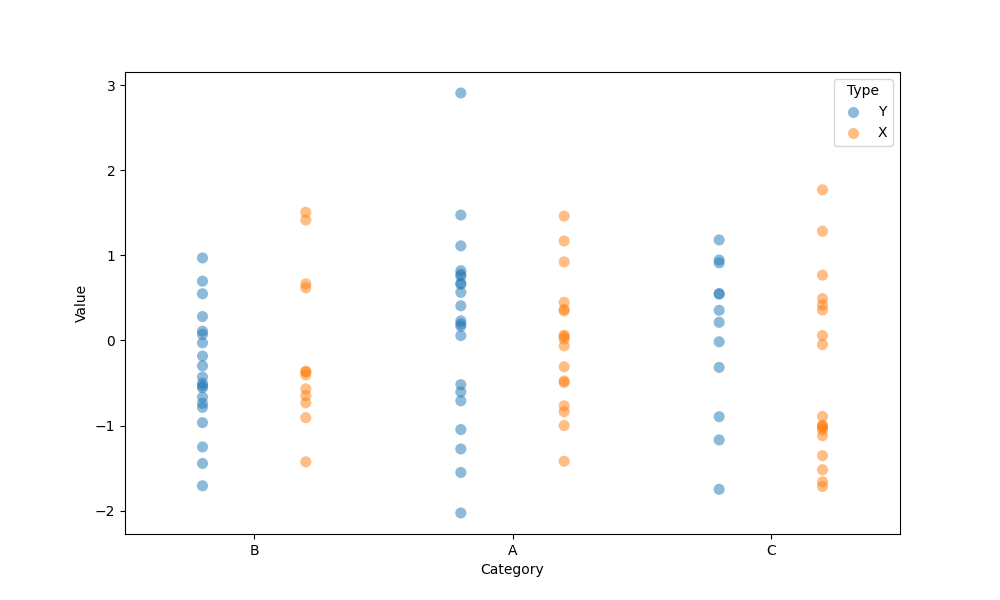
python, seaborn, stripplot, jitter=False, dodge=True, alpha=0.5, size=8